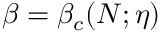
\beta = \beta _ { c } ( N ; \eta )